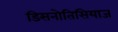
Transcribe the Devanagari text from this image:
डिसनोतिसियाज